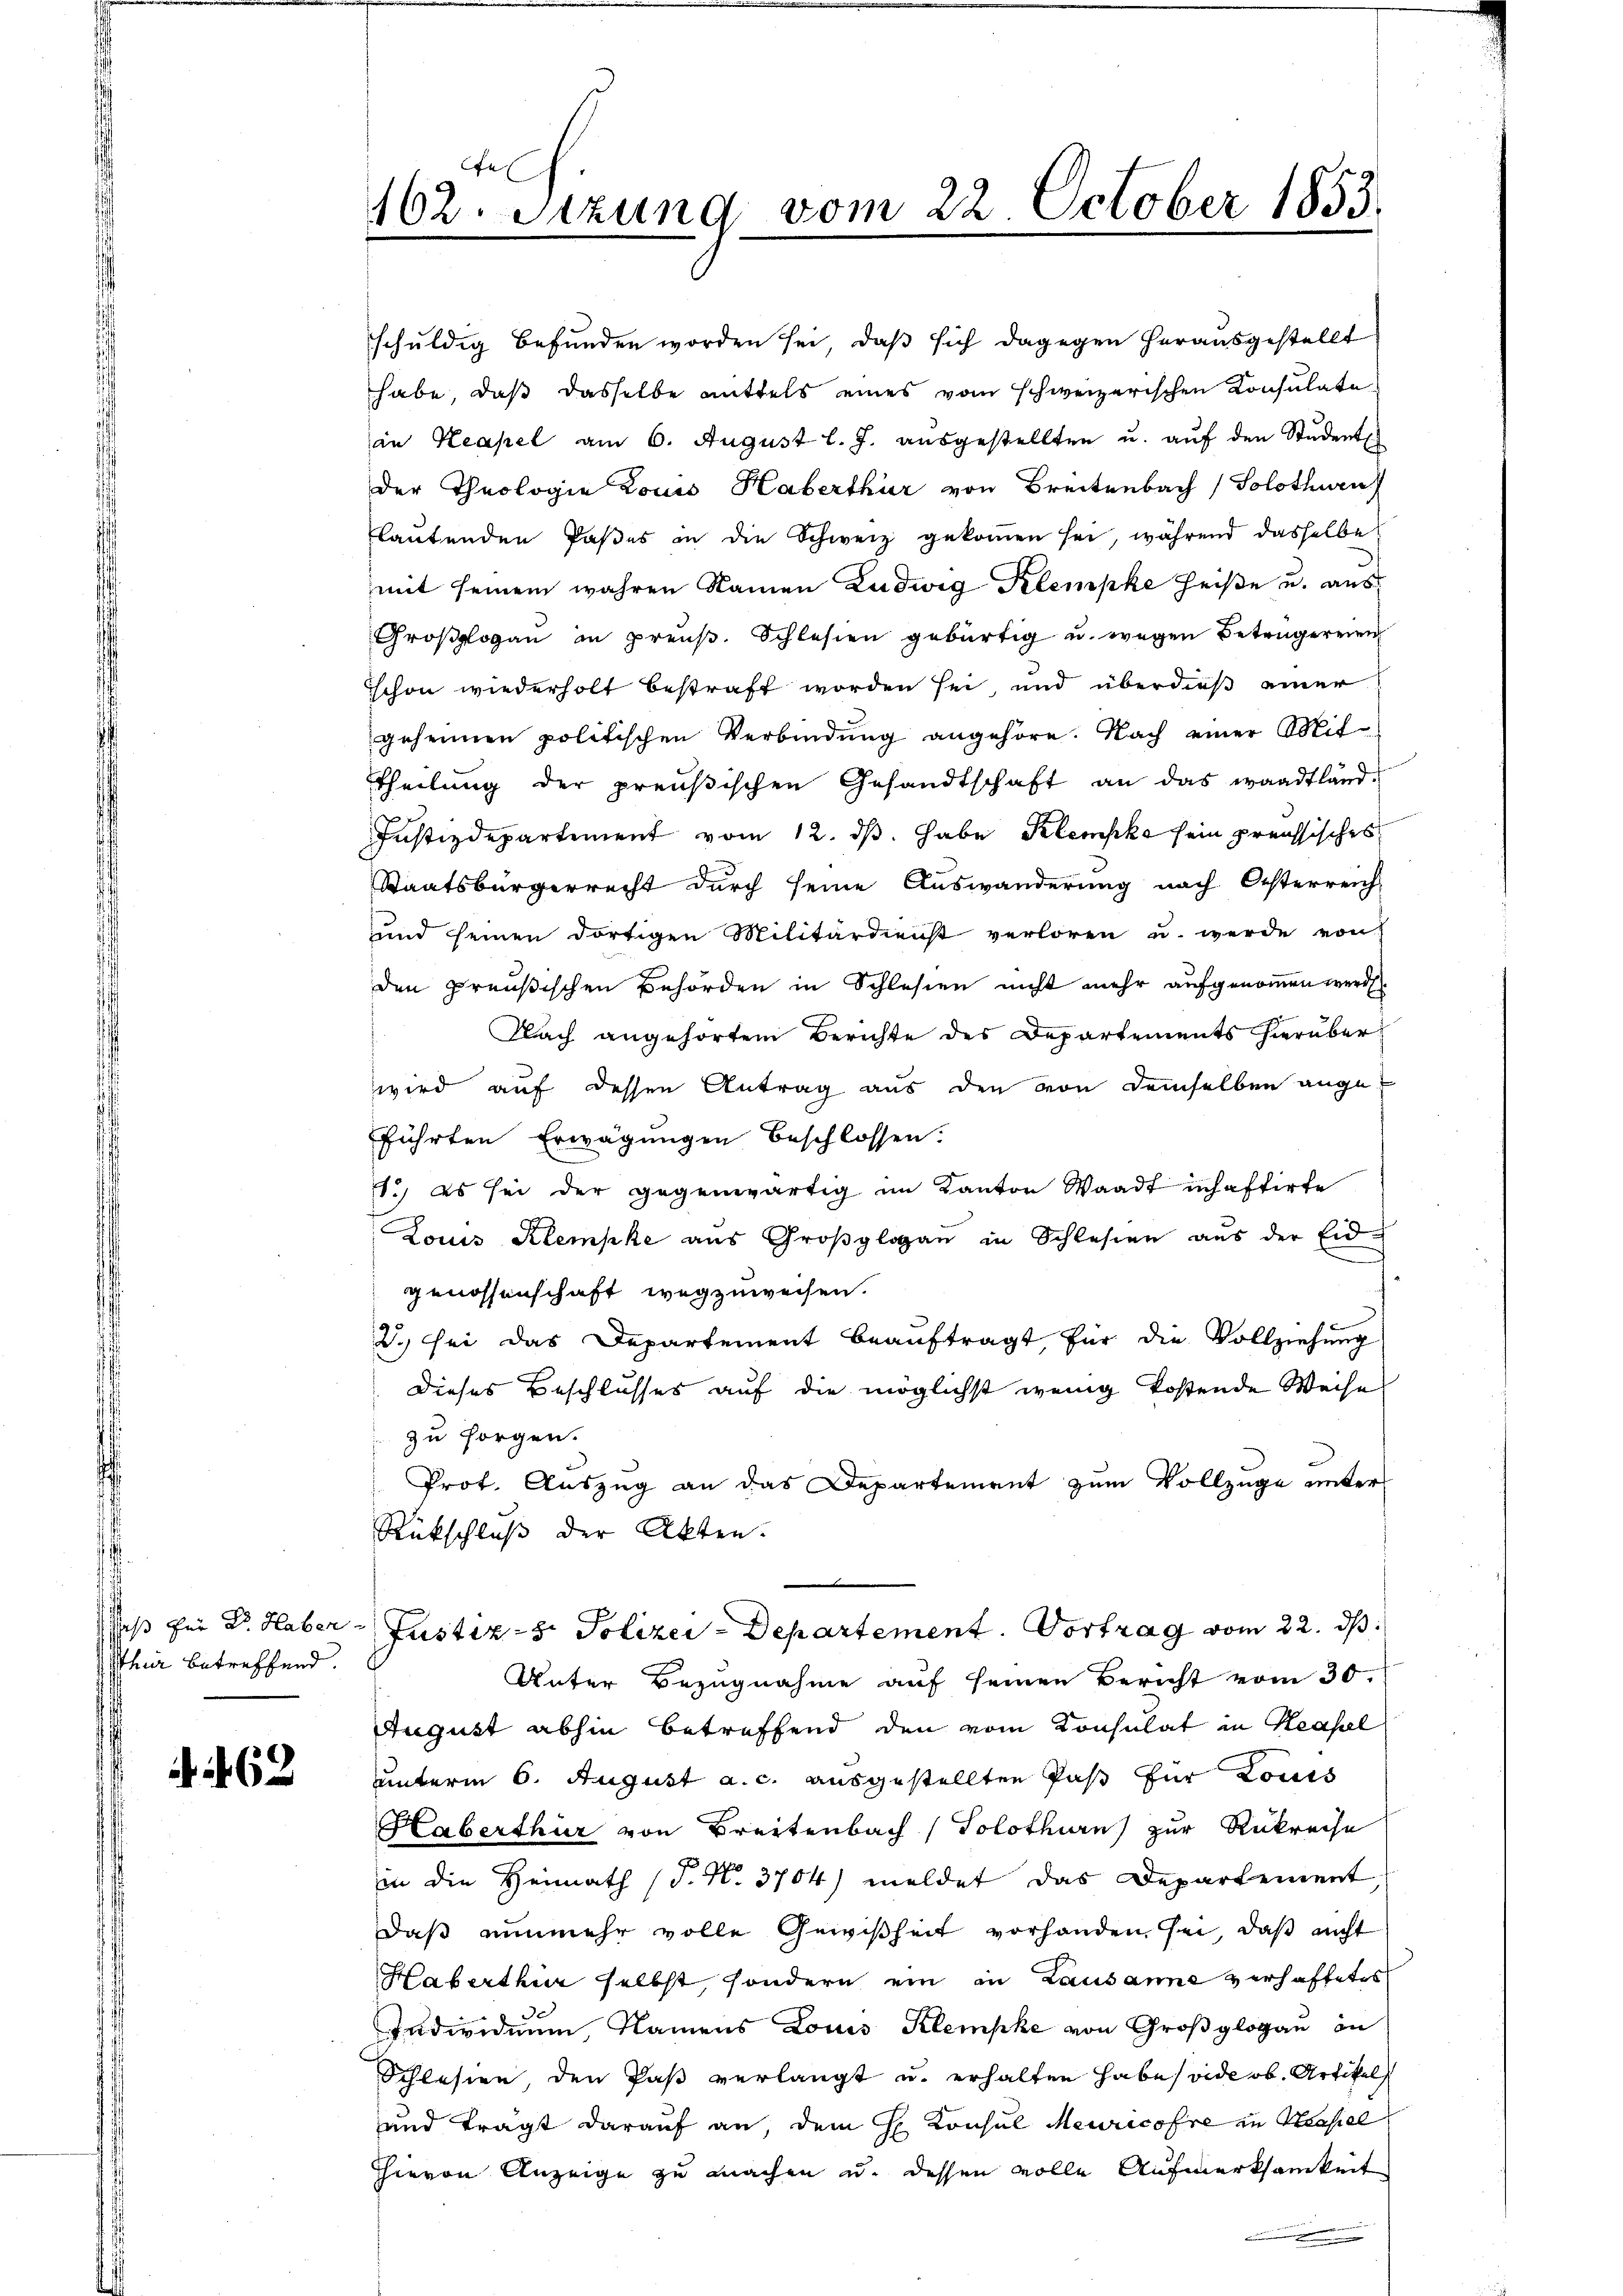
Thur betreffend.

62

schuldig befunden worden sei, daß sich dagegen herausgestellt
habe, daß dasselbe mittels eines vom schweizerischen Konsulate
in Keapel am 6. August l. J. aŭsgestellten u. auf den Studente

162. Sitzung vom 22. October 1853.

der Theologie Louis Haberthur von Breitenbach (Solothurn
lautenden Paßes in die Schweiz gekommen sei, während dasselbe
mit seinem wahren Namen Ludwig Klempke heiße u. aus¬
Großlogau in preuß. Schlesen gebürtig u. wegen Betrugereien
Schon wiederholt bestraft worden sei, und überdieß einer
geheimen politischen Verbindung angehöre. Nach einer Mit¬
Theilung der preußischen Gesandtschaft an das waadtland
Justizdepartement vom 12. dβ habe Klempke sein preussisches
Staatsbürgerrecht durch seine Auswanderung nach Osterreich-
und seinen dortigen Militärdienst verloren u. werde von
den preußischen Behörden in Schlesen nicht mehr aufgenommen werde.
Nach angehörtem Berichte des Departements hierüber
wird auf dessen Antrag aus den von demselben angefführten Erwägungen beschlossen:
1.) Es sei der gegenwärtig im Kanton Waadt inhaftirte
Louis Klempke aus Großglagan in Schlesen aus der Eidgenossenschaft wegzuweisen.
2. sei das Departement beauftragt, für die Vollziehung
Dieses Beschlusses auf die möglichst wenig kostende Weise
 zu sorgen.
Prot. Auszug an das Departement zum Vollzuge unter
Rückschluß der Akten.
aß für Dr. Haber Justiz- & Polizei-Departement. Vortrag vom 22. ds.
Unter Bezugnahme auf seinen Bericht vom 30.
August abhin betreffend den vom Konsulat in Hasel
uunterm 6. August a. c. ausgestellten Paß für Louis
Haberthur von Breitenbach (Solothurn zur Rükreise
in die Heimath (T. N. 3704) meldet das Departement,
daß nunmehr volle Gewißheit vorhanden sei, daß nicht
Haberthur selbst, sondern ein in Lausanne verhaftetes
Individuum, Namens Louis Klempke von Großglogau in
Schlesien, den Paß verlangt u. erhalten habe vide ob. Artikel
und trägt darauf an, dem H. Konsul Meuricore zu Neapel
hievon Anzeige zu machen u. dessen volle Aufmerksamkeit